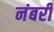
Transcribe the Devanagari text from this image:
नंबरी